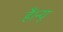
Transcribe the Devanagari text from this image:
हैं।न्यू